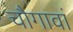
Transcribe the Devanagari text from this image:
चौगावां